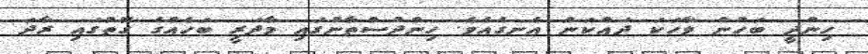
ހިންދީ ބަހުން ވާހަކަ ދައްކަން އެނގެއެވެ. ހިންދުސްތާނުގައި މާދަރީ ބަހެއްގެ ގޮތުގައި ރާދަ